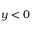
y < 0